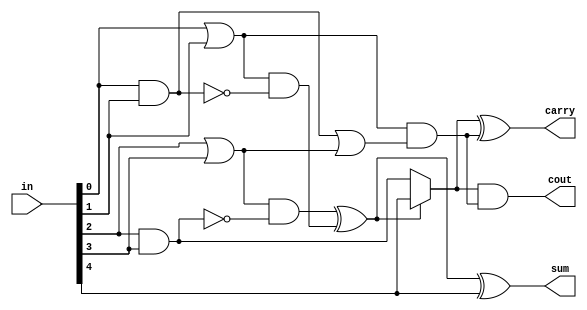
// This program was cloned from: https://github.com/thousrm/universal_NPU-CNN_accelerator
// License: MIT License


module adder_5to3(in, cout, carry, sum);

input [4:0] in;
wire x0, x1, x2, x3, x4;
output cout, carry, sum;

assign {x0, x1, x2, x3, x4} = in;

wire y0, y1, y2, y3;

assign y0 = x4 | x3;
assign y1 = x4 & x3;
assign y2 = x2 | x1;
assign y3 = x2 & x1;

wire sand0, sand1, sxor0;

assign sand0 = y2 & (~y3);
assign sand1 = y0 & (~y1);
assign sxor0 = sand0 ^ sand1;
assign sum = sxor0 ^ x0;

wire mux0;

assign mux0 = sxor0 ? x0 : y3;

wire cor0, cand0;

assign cor0 = y1 | y2;
assign cand0 = y0 & cor0;

assign carry = mux0 ^ cand0;
assign cout = mux0 & cand0;


endmodule

module adder_5to3_mod(in, cout, carry, sum);

input [4:0] in;
wire x0, x1, x2, x3, x4;
output cout, carry, sum;

assign {x0, x1, x2, x3, x4} = in;

wire y0, y1, y2, y3;

assign y0 = x4 | x3;
assign y1 = x4 & x3;
assign y2 = x2 | x1;
assign y3 = x2 & x1;

wire sxor0, sxor1, sxor2;

assign sxor1 = y2 ^ y3;
assign sxor2 = y0 ^ y1;

assign sxor0 = sxor1 ^ sxor2;
assign sum = sxor0 ^ x0;

wire mux0;

assign mux0 = sxor0 ? x0 : y3;

wire cor0, cand0;

assign cor0 = y1 | y2;
assign cand0 = y0 & cor0;

assign carry = mux0 ^ cand0;
assign cout = mux0 & cand0;


endmodule

module adder_5to3_mod2(in, cout, carry, sum);

input [4:0] in;
wire x1, x2, x3, x4, x5;
output cout, carry, sum;

assign {x1, x2, x3, x4, x5} = in;

wire and12, xor12, and34, xor34;

assign and12 = x1 & x2;
assign xor12 = x1 ^ x2;
assign and34 = x3 & x4;
assign xor34 = x3 ^ x4;

wire  and3, xor3, and4, xor4;

assign and3 = and12 & and34;
assign xor3 = and12 ^ and34;
assign and4 = xor12 & xor34;
assign xor4 = xor12 ^ xor34;

wire xor5, and6, xor6;

assign xor5 = xor3 ^ and4;
assign and6 = x5 & xor4;
assign xor6 = x5 ^ xor4;

wire and7, xor7, xor8;

assign and7 = xor5 & and6;
assign xor7 = xor5 ^ and6;
assign xor8 = and7 ^ and3;

assign sum = xor6;
assign carry = xor7;
assign cout = xor8;

endmodule